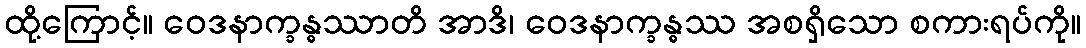
ထို့ကြောင့်။ ဝေဒနာက္ခန္ဓဿာတိ အာဒိ၊ ဝေဒနာက္ခန္ဓဿ အစရှိသော စကားရပ်ကို။